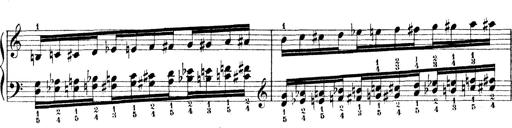
Title: Technische Studien
Composer: Franz Liszt